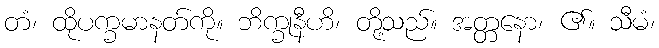
တံ၊ ထိုပက္ခမာနတ်ကို။ ဘိက္ခုနီဟိ၊ တို့သည်။ အတ္တနော၊ ၏။ သီမံ၊